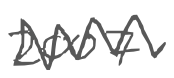
Text: 2007
Cross-out: zig-zag
Writing tool: digital_gray